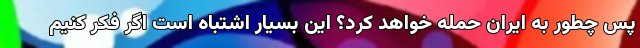
پس چطور به ایران حمله خواهد کرد؟ این بسیار اشتباه است اگر فکر کنیم